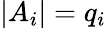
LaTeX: |A_{i}|=q_{i}